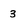
Character: 3